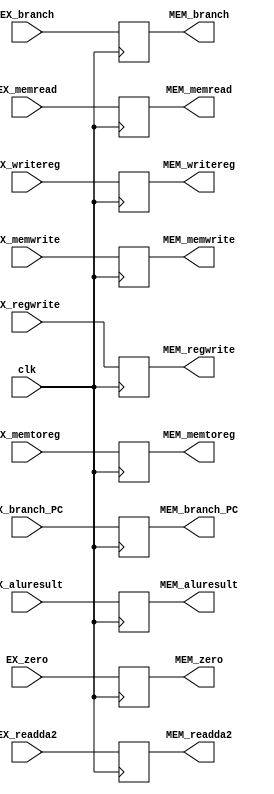
`timescale 1ns / 1ps
//////////////////////////////////////////////////////////////////////////////////
// Company: 
// Engineer: 
// 
// Design Name: 
// Module Name:    EX_MEM 
// Project Name: 
// Target Devices: 
// Tool versions: 
// Description: 
//
// Dependencies: 
//
// Revision: 
// Revision 0.01 - File Created
// Additional Comments: 
//
//////////////////////////////////////////////////////////////////////////////////
module EX_MEM(clk, MEM_memtoreg, MEM_regwrite, MEM_memread, MEM_memwrite, MEM_branch, MEM_branch_PC, MEM_zero, MEM_aluresult, MEM_readda2, MEM_writereg,
				EX_memtoreg, EX_regwrite, EX_memread, EX_memwrite, EX_branch, EX_branch_PC, EX_zero, EX_aluresult, EX_readda2, EX_writereg);

input clk;
input EX_memtoreg, EX_regwrite, EX_memread, EX_memwrite, EX_branch;
input [31:0] EX_branch_PC;
input EX_zero;
input [31:0] EX_aluresult, EX_readda2;
input [4:0] EX_writereg;

output reg MEM_memtoreg, MEM_regwrite, MEM_memread, MEM_memwrite, MEM_branch;
output reg [31:0] MEM_branch_PC;
output reg MEM_zero;
output reg [31:0] MEM_aluresult, MEM_readda2;
output reg [4:0] MEM_writereg;

always@(posedge clk)
begin
	{MEM_memtoreg, MEM_regwrite, MEM_memread, MEM_memwrite, MEM_branch} <= {EX_memtoreg, EX_regwrite, EX_memread, EX_memwrite, EX_branch};
	MEM_branch_PC <= EX_branch_PC;
	MEM_zero <= EX_zero;
	{MEM_aluresult, MEM_readda2} <= {EX_aluresult, EX_readda2};
	MEM_writereg <= EX_writereg;
end

endmodule